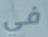
في